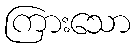
ကြားသော